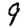
Digit: 9